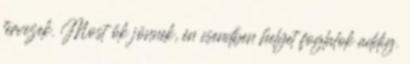
tervezek. Most ők jönnek, én csendben helyet foglalok addig.